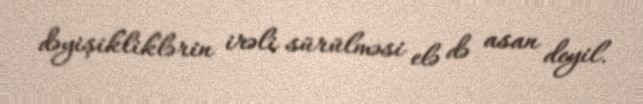
dəyişikliklərin irəli sürülməsi elə də asan deyil.